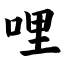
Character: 哩